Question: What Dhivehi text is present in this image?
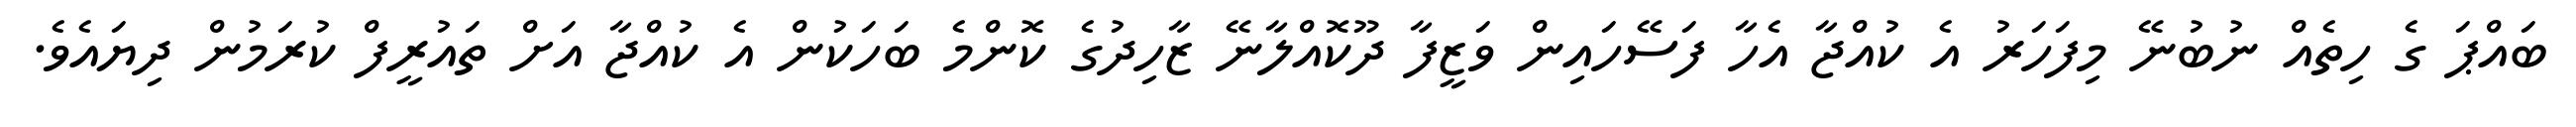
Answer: ބައްޕަ ގެ ހިތެއް ނުބުނޭ މިފަހަރު އެ ކުއްޖާ އެހާ ފަސޭހައިން ވަޒީފާ ދޫކޮއްލާނޭ ޒާހިދުގެ ކޮންމެ ބަހަކުން އެ ކުއްޖާ އަށް ތައުރީފް ކުރަމުން ދިޔައެވެ.